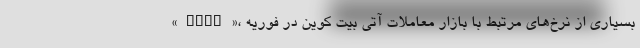
«Skew»، بسیاری از نرخ‌های مرتبط با بازار معاملات آتی بیت کوین در فوریه